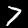
Digit: 7